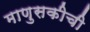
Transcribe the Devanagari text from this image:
माणुसकीची